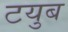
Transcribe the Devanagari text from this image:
टयुब